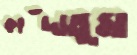
কাঁদাতুম